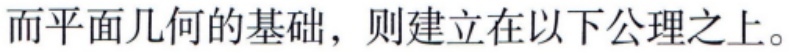
而平面几何的基础，则建立在以下公理之上。